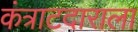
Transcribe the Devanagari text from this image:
कंत्राटदाराला